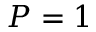
P = 1